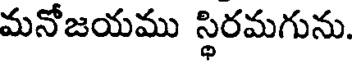
మనోజయము స్థిరమగును.